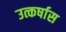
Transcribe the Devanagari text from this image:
उत्कर्षास